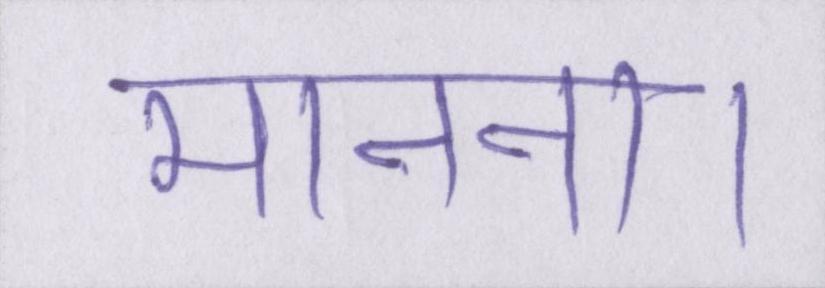
मानना।